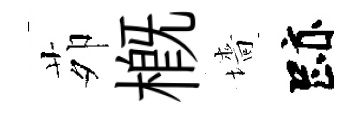
茆槪墻跡